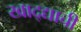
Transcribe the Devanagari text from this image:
खाद्द्याची